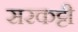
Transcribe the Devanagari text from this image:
सरकट्टी